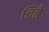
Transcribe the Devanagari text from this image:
चिढे